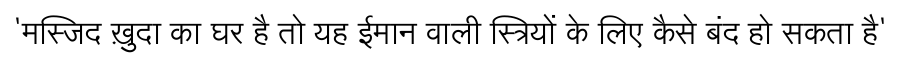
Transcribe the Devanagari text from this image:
'मस्‍जिद ख़ुदा का घर है तो यह ईमान वाली स्‍त्रियों के लिए कैसे बंद हो सकता है'